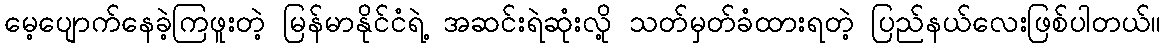
မေ့ပျောက်နေခဲ့ကြဖူးတဲ့ မြန်မာနိုင်ငံရဲ့ အဆင်းရဲဆုံးလို့ သတ်မှတ်ခံထားရတဲ့ ပြည်နယ်လေးဖြစ်ပါတယ်။